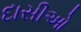
દાસીઓ